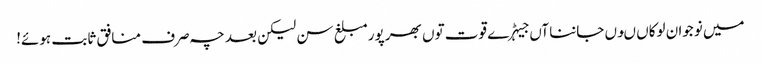
میں نوجوان لوکاں ںوں جاننا آں جیہڑے قوت توں بھر پور مبلغ سن لیکن بعد چہ صرف منافق ثابت ہوئے!